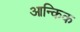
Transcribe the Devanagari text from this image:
आन्किक